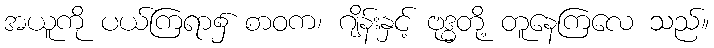
အယူကို ပယ်ကြရာ၌ စာဝက၊ ဂျိန်းနှင့် ဗုဒ္ဓတို့ တူနေကြလေ သည်။